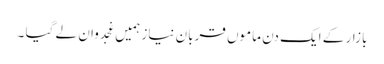
بازار کے ایک دن ماموں قربان نیاز ہمیں غجدوان لے گیا ۔